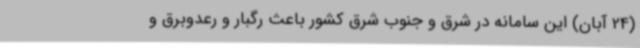
(24 آبان) این سامانه در شرق و جنوب شرق کشور باعث رگبار و رعدوبرق و